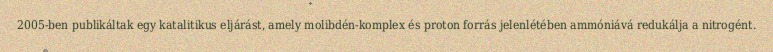
2005-ben publikáltak egy katalitikus eljárást, amely molibdén-komplex és proton forrás jelenlétében ammóniává redukálja a nitrogént.